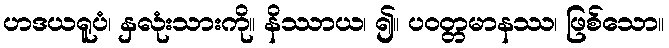
ဟဒယရူပံ၊ နှလုံးသားကို။ နိဿာယ၊ ၍။ ပဝတ္တမာနဿ၊ ဖြစ်သော။